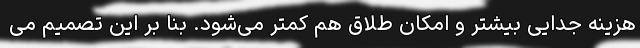
هزینه جدایی بیشتر و امکان طلاق هم کمتر می‌شود. بنا بر این تصمیم می